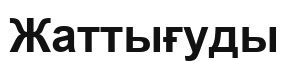
Жаттығуды